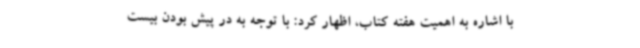
با اشاره به اهمیت هفته کتاب، اظهار کرد: با توجه به در پیش بودن بیست